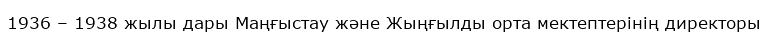
1936 – 1938 жылы дары Маңғыстау және Жыңғылды орта мектептерінің директоры